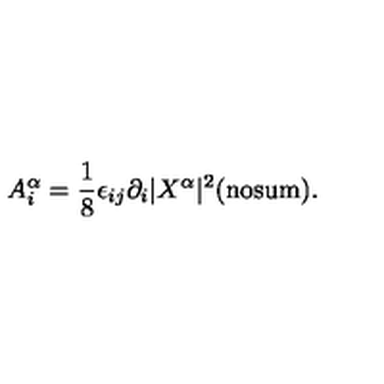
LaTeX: A _ { i } ^ { \alpha } = \frac { 1 } { 8 } \epsilon _ { i j } \partial _ { i } | X ^ { \alpha } | ^ { 2 } \mathrm { ( n o s u m ) } .